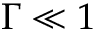
\Gamma \ll 1